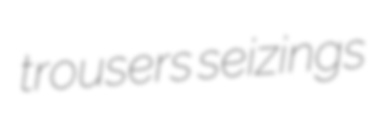
trousers seizings